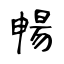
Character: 暢